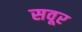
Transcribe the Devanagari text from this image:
सवूर